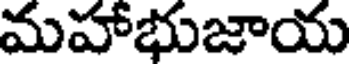
మహాభుజాయ